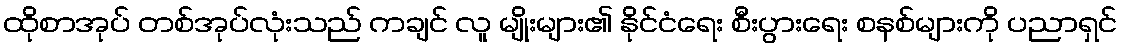
ထိုစာအုပ် တစ်အုပ်လုံးသည် ကချင် လူ မျိုးများ၏ နိုင်ငံရေး စီးပွားရေး စနစ်များကို ပညာရှင်